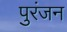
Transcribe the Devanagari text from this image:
पुरंजन